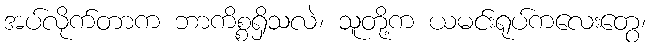
အပ်လိုက်တာက ဘာကိစ္စရှိသလဲ၊ သူတို့က ယမင်းရုပ်ကလေးတွေ၊